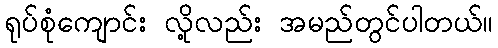
ရုပ်စုံကျောင်း လို့လည်း အမည်တွင်ပါတယ်။